Indian journal of veterinary science and animal husbandry - Volume 4,
Year: 1934
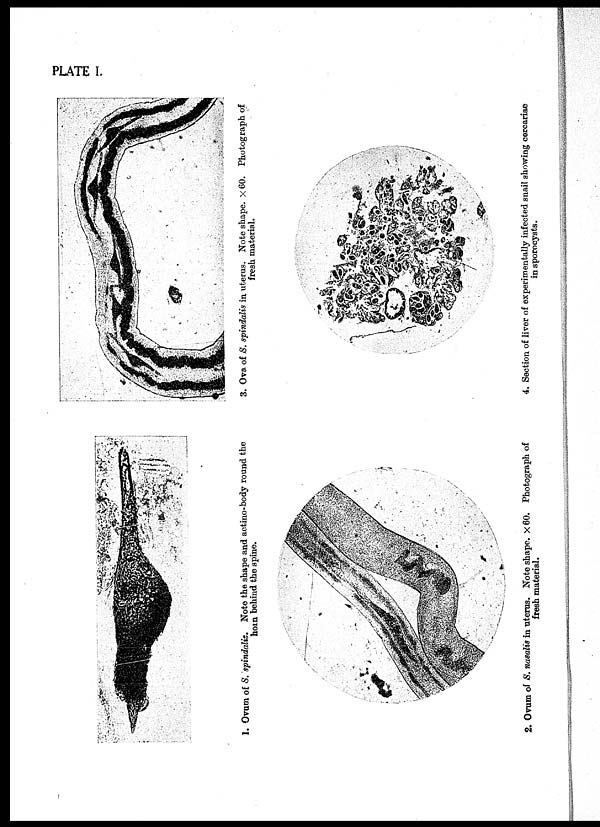
PLATE I.
1. Ovum of S. spindalis. Note the shape and actino-body round the
horn behind the spine.
2. Ovum of S. nasalis in uterus. Note shape. × 60. Photograph of
fresh material.
3. Ova of S. spindalis in uterus. Note shape. × 60. Photograph of
fresh material.
4. Section of liver of experimentally infected snail showing cercariae
in sporocysts.